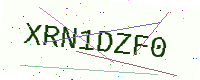
Text: XRN1DZF0